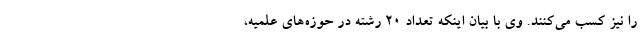
را نیز کسب می‌کنند. وی با بیان اینکه تعداد ۲۰ رشته در حوزه‌های علمیه،